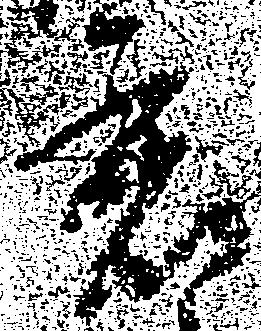
着